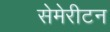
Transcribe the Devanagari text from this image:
सेमेरीटन